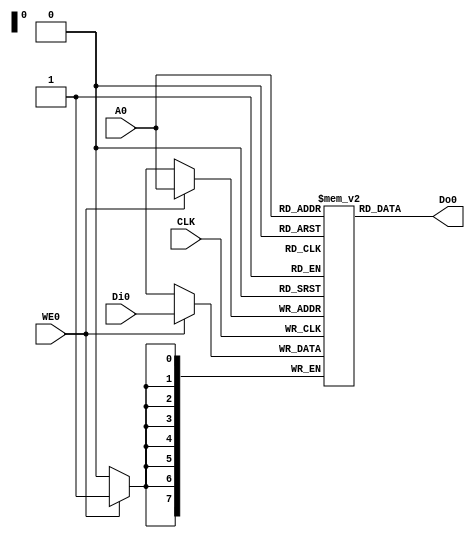
module RAM256x8_ASYNC (
   input CLK,
   input WE0,
   input [7:0] A0,
   input [7:0] Di0,
   output [7:0] Do0
);

   reg [7:0] RAM[0:255];

   always @(posedge CLK) begin
      if(WE0) RAM[A0] <= Di0;
   end

   assign Do0 = RAM[A0];

endmodule